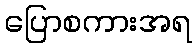
ပြောစကားအရ